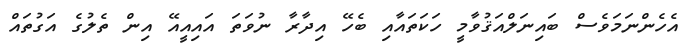
އެހެންނަމަވެސް ބައިނަލްއަޤުވާމީ ހަކަތައާއި ބެހޭ އިދާރާ ނުވަތަ އައިއީއޭ އިން ތެލުގެ އަގުތައް